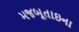
મજબૂતાઇના